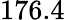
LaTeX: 176.4